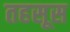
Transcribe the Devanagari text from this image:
तहसूस